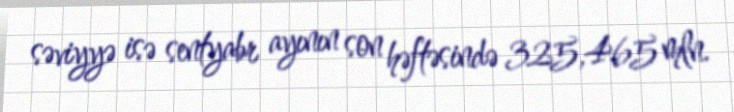
səviyyə isə sentyabr ayının son həftəsində 325,465 mln.